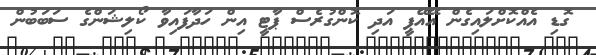
ގޮޑި އެއްކޮށްލައިގެން އޭއޭޕީ އަދި ކޮންގުރެސް ޕާޓީ އިން ހަދާފައިވާ ކޯލިޝަންގެ ސަބަބުން